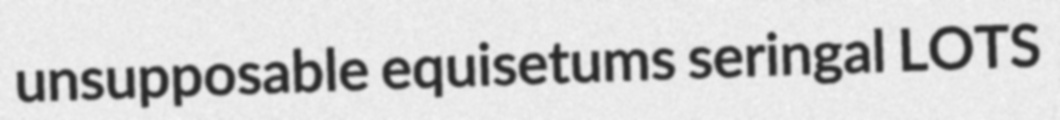
unsupposable equisetums seringal LOTS